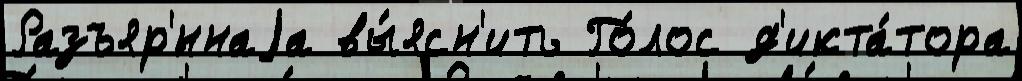
Разъяр'́ннаjа вы́ясн'ить Го́лос д'икта́тора